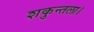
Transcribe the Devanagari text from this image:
शकुन्तला।